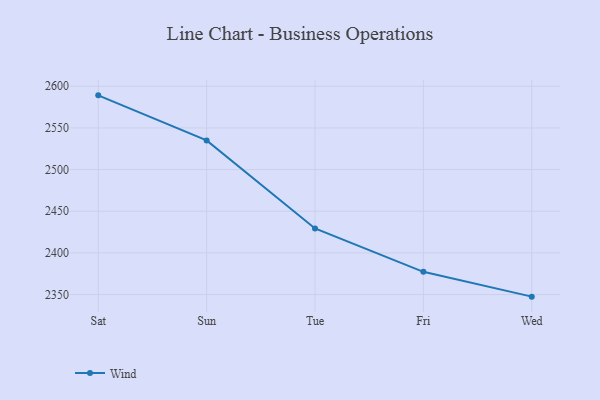
{"axis": {"x": "Day", "y": "Conversion Rate (%)"}, "legend": ["Wind"], "data": [{"x": "Sat", "y": 2589.1, "type": "Wind"}, {"x": "Sun", "y": 2535.0, "type": "Wind"}, {"x": "Tue", "y": 2429.3, "type": "Wind"}, {"x": "Fri", "y": 2377.3, "type": "Wind"}, {"x": "Wed", "y": 2347.5, "type": "Wind"}]}